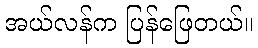
အယ်လန်က ပြန်ဖြေတယ်။